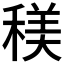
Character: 𥠦